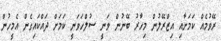
ރޭވުމެއް ކަމަށާއި އިޒްރޭލުން މިހާރު ބޭނުން ވަނީ ސުލްހަވަނީ ކަމަށް ދައްކައިގެން އެމީހުން